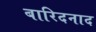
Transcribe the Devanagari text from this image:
बारिदनाद